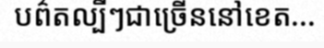
បព៌តល្បីៗជាច្រើននៅខេត...